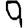
Digit: 9